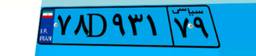
۸۲D۱۷۶۴۰